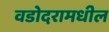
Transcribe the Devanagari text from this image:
वडोदरामधील